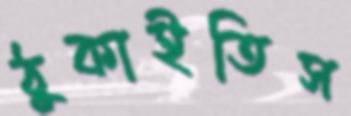
ঠুকাইতিস